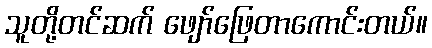
သူတို့တင်ဆက် ဖျော်ဖြေတာကောင်းတယ်။